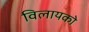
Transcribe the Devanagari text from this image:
विलायको